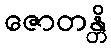
ဇောတန္တိ